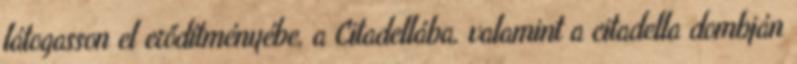
látogasson el erődítményébe, a Citadellába, valamint a citadella dombján